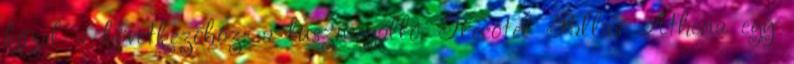
közel a következőhöz: a buszmegálló. Grecotel Pallas Athena egy